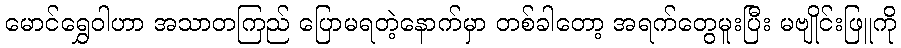
မောင်ရွှေဝါဟာ အသာတကြည် ပြောမရတဲ့နောက်မှာ တစ်ခါတော့ အရက်တွေမူးပြီး မဗျိုင်းဖြူကို